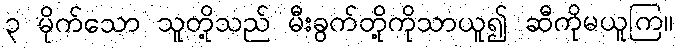
၃ မိုက်သော သူတို့သည် မီးခွက်တို့ကိုသာယူ၍ ဆီကိုမယူကြ။